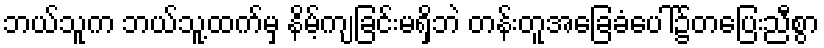
ဘယ်သူက ဘယ်သူ့ထက်မှ နိမ့်ကျခြင်းမရှိဘဲ တန်းတူအခြေခံပေါ်၌တပြေးညီစွာ